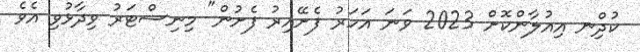
ކުދިްނ އިއުލާންކޮށް 2023 ވަނަ އަހަރު ފެށޭއިރު ފެށުން" މިނިސްޓަރު ވިދާޅުވި އެވެ